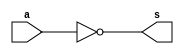
 // ------------------------- 
// Exemplo0021 - COMPLEMENTO DE 1 
// Nome: Mateus Lara Carvalho 
// ------------------------- 
// ------------------------- 
// test number system 
// ------------------------- 

module EX06 (output [7:0]s, input [7:0]a);
	assign s = ~a;
endmodule

module test_base_01; 
// ------------------------- definir dados 
	reg [7:0] a;	
	wire [7:0] sA;
	
	EX06 questao06(sA, a); 
	
initial begin: start
	a = 8'b10101010; 
end

// ------------------------- parte principal 
initial begin
	$display("Exemplo0021 - Mateus Lara Carvalho - 441700"); 
	$display("Test number system"); 
	 
		#1
	$display("\nQuestao 06)");
	$display("%b = %b", a, sA);

end 
endmodule // test_base